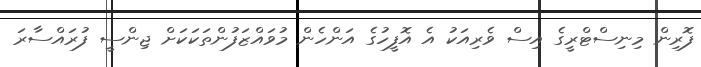
ފޮރިން މިނިސްޓްރީގެ އިސް ވެރިއަކު އެ އޮފީހުގެ އަންހެން މުވައްޒަފުންތަކަކަށް ޖިންސީ ފުރައްސާރަ